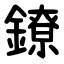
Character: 鐐